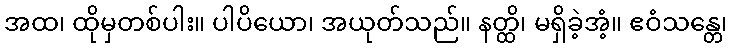
အထ၊ ထိုမှတစ်ပါး။ ပါပိယော၊ အယုတ်သည်။ နတ္ထိ၊ မရှိခဲ့အံ့။ ဧဝံသန္တေ၊